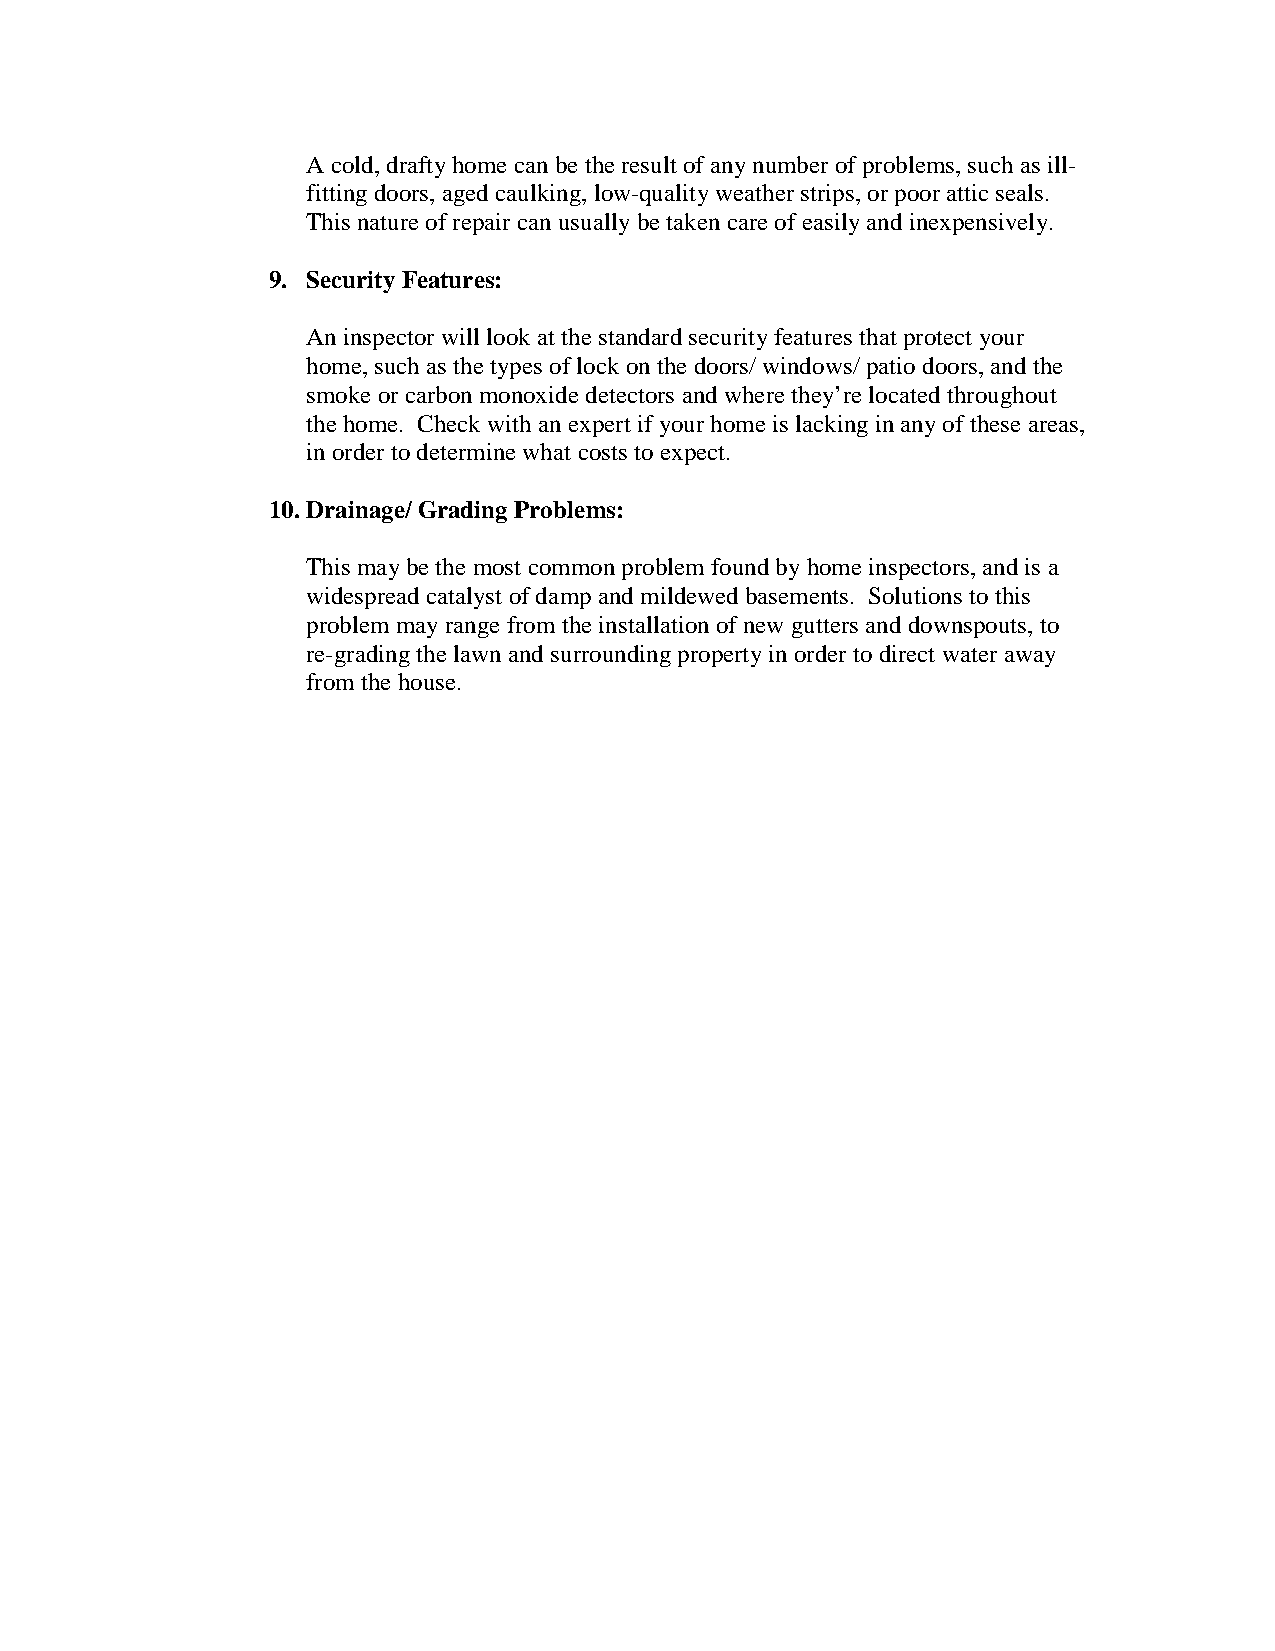
A cold, drafty home can be the result of any number of problems, such as ill-
 fitting doors, aged caulking, low-quality weather strips, or poor attic seals.
 This nature of repair can usually be taken care of easily and inexpensively.
 9. Security Features:
 An inspector will look at the standard security features that protect your
 home, such as the types of lock on the doors/ windows/ patio doors, and the
 smoke or carbon monoxide detectors and where they’re located throughout
 the home. Check with an expert if your home is lacking in any of these areas,
 in order to determine what costs to expect.
 10. Drainage/ Grading Problems:
 This may be the most common problem found by home inspectors, and is a
 widespread catalyst of damp and mildewed basements. Solutions to this
 problem may range from the installation of new gutters and downspouts, to
 re-grading the lawn and surrounding property in order to direct water away
 from the house.